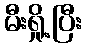
မီးရှို့ပြီး